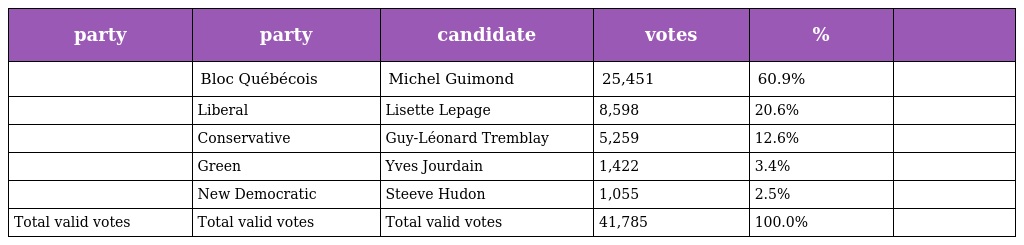
| party | party | candidate | votes | % |  |
 | --- | --- | --- | --- | --- | --- |
 |  | Bloc Québécois | Michel Guimond | 25,451 | 60.9% |  |
 |  | Liberal | Lisette Lepage | 8,598 | 20.6% |  |
 |  | Conservative | Guy-Léonard Tremblay | 5,259 | 12.6% |  |
 |  | Green | Yves Jourdain | 1,422 | 3.4% |  |
 |  | New Democratic | Steeve Hudon | 1,055 | 2.5% |  |
 | Total valid votes | Total valid votes | Total valid votes | 41,785 | 100.0% |  |